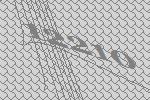
12210